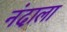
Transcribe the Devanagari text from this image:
नंदाला